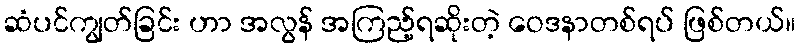
ဆံပင်ကျွတ်ခြင်း ဟာ အလွန် အကြည့်ရဆိုးတဲ့ ဝေဒနာတစ်ရပ် ဖြစ်တယ်။